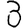
Digit: 3